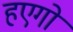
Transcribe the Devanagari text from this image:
हएगो